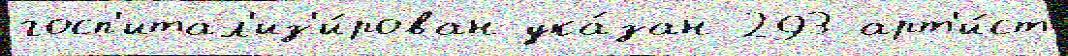
госп'итал'из'и́рован ука́зан 293 арт'и́ст